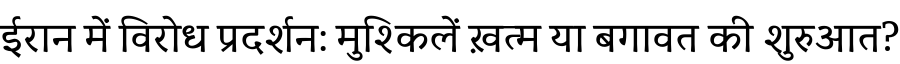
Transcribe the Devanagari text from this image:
ईरान में विरोध प्रदर्शन: मुश्किलें ख़त्म या बगावत की शुरुआत?